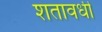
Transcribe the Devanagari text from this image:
शतावधी